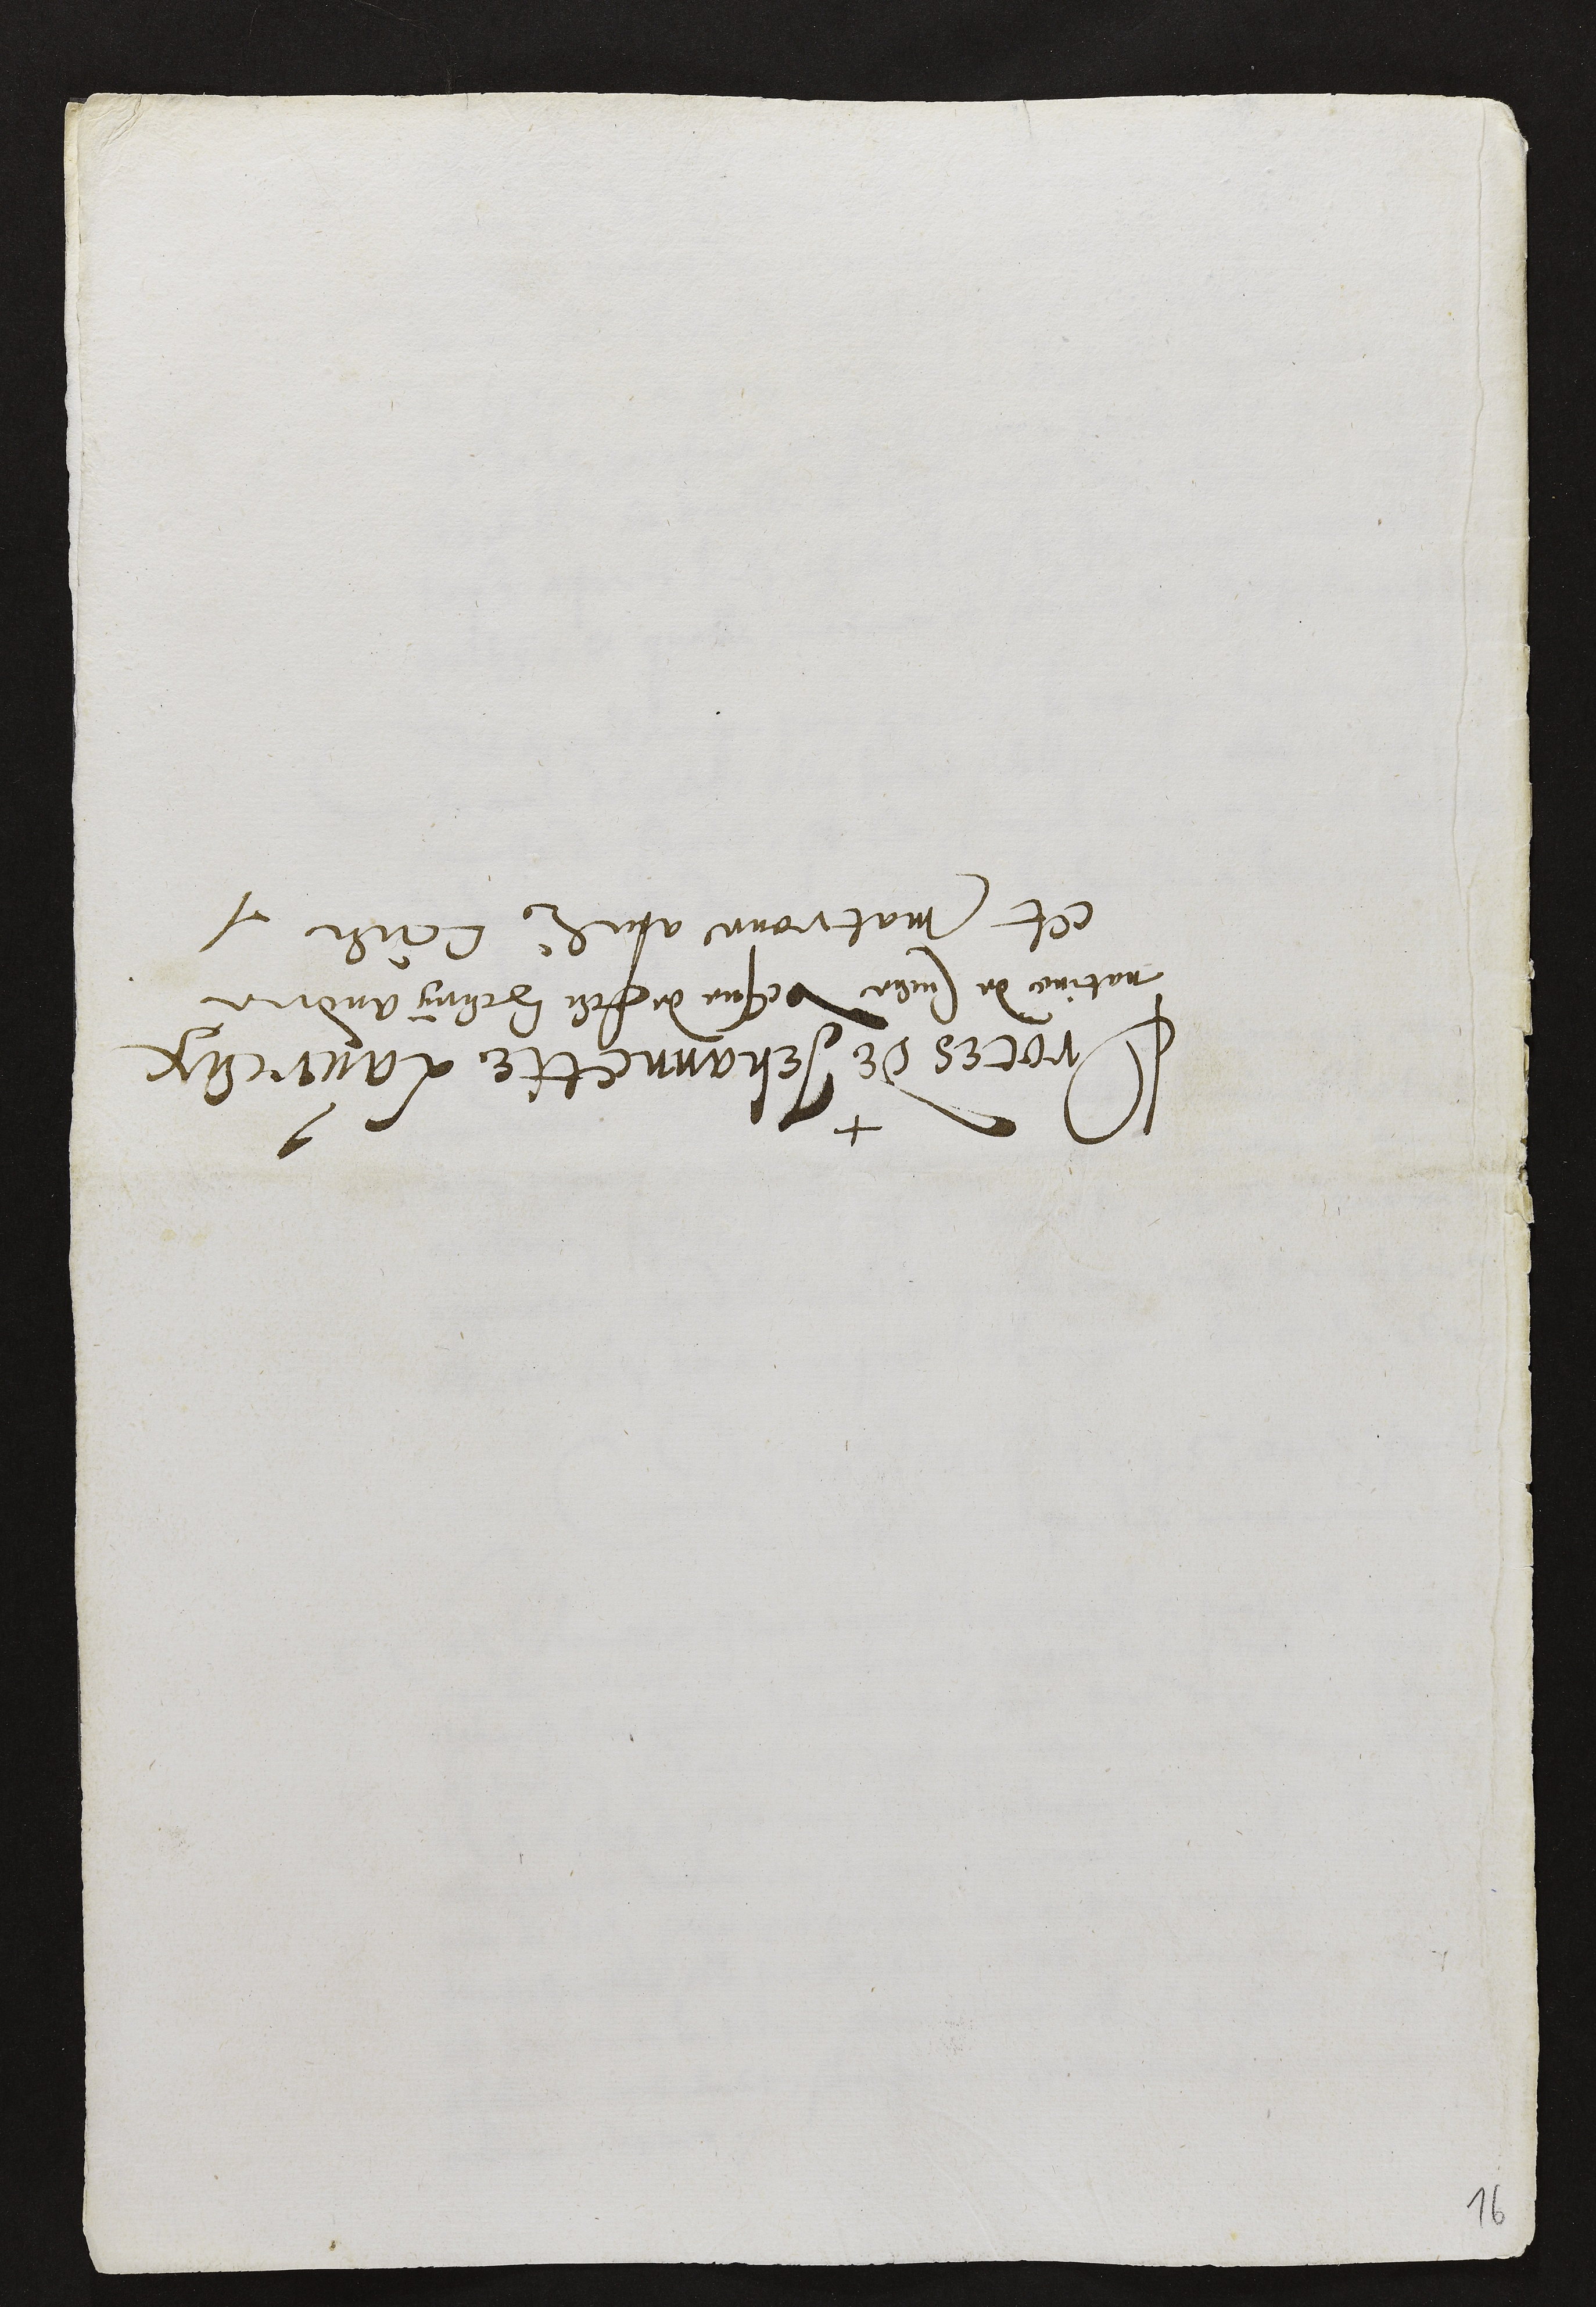
Proces de Jehannette Laureux
native de Cueve vesve de feu Henry André
et matrone audit Lieu

16